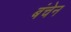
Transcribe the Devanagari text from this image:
बंचेन